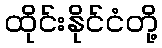
ထိုင်းနိုင်ငံတို့